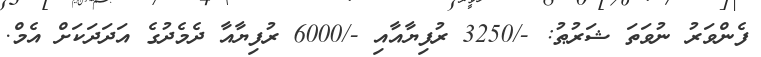
ފެންވަރު ނުވަތަ ޝަރުޠު: -/3250 ރުފިޔާއާއި -/6000 ރުފިޔާއާ ދެމެދުގެ އަދަދަކަށް އެމް.